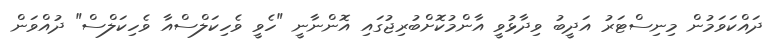
ދައްކަވަމުން މިނިސްޓަރު އަދީބު ވިދާޅުވީ އާންމުކޮށްބުރިޖުގައި އޮންނާނީ "ހެވީ ވެހިކަލްސްއާ ވެހިކަލްސް" ދުއްވަން